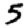
Digit: 5